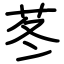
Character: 苳